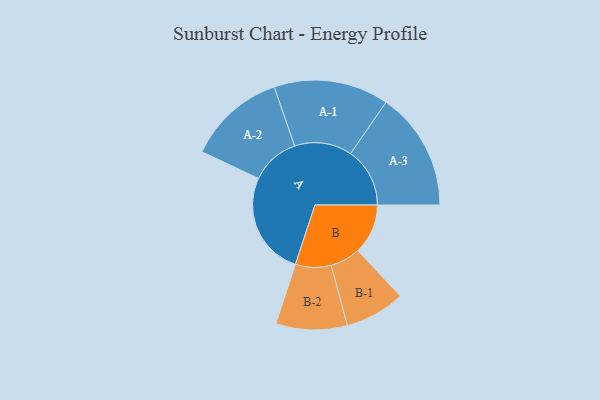
{"axis": {"x": "Segment", "y": "Value"}, "legend": ["", "A", "B"], "data": [{"x": "A", "y": 352, "type": ""}, {"x": "B", "y": 170, "type": ""}, {"x": "A-1", "y": 195, "type": "A"}, {"x": "A-2", "y": 166, "type": "A"}, {"x": "A-3", "y": 201, "type": "A"}, {"x": "B-1", "y": 102, "type": "B"}, {"x": "B-2", "y": 121, "type": "B"}]}